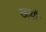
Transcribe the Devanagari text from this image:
खायौ